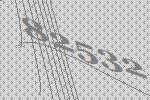
82532